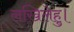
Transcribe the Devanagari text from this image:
लखिलेहु।